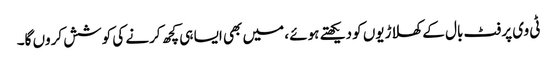
ٹی وی پر فٹ بال کے کھلاڑیوں کو دیکھتے ہوئے ، میں بھی ایسا ہی کچھ کرنے کی کوشش کروں گا۔